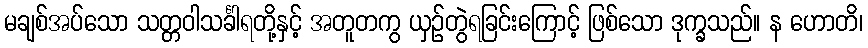
မချစ်အပ်သော သတ္တဝါသင်္ခါရတို့နှင့် အတူတကွ ယှဉ်တွဲရခြင်းကြောင့် ဖြစ်သော ဒုက္ခသည်။ န ဟောတိ၊